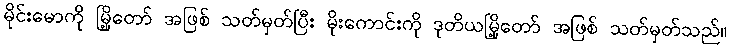
မိုင်းမောကို မြို့တော် အဖြစ် သတ်မှတ်ပြီး မိုးကောင်းကို ဒုတိယမြို့တော် အဖြစ် သတ်မှတ်သည်။